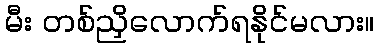
မီး တစ်ညှိလောက်ရနိုင်မလား။